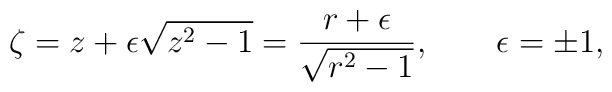
\zeta =z+\epsilon\sqrt {z^2-1}=\frac {r+\epsilon}{\sqrt {r^2-1}},\qquad\epsilon =\pm 1,